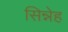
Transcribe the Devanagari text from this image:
सिन्नेह